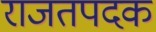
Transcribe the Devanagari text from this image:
राजतपदक